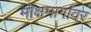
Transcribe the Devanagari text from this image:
मोक्षमार्गावर